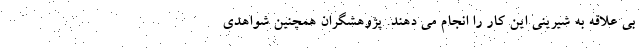
بی علاقه به شیرینی این کار را انجام می دهند. پژوهشگران همچنین شواهدی